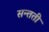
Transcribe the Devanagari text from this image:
सन्तती